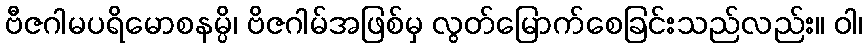
ဗီဇဂါမပရိမောစနမ္ပိ၊ ဗိဇဂါမ်အဖြစ်မှ လွတ်မြောက်စေခြင်းသည်လည်း။ ဝါ၊